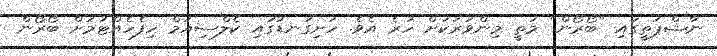
ނާޝްޕަތީގައި "ބޯރޯން" މަތީ މިންވަރަކަށް ހުރެ އެވެ. ހަށިގަނޑުގައި ކެލްސިއަމް ހިފެހެއްޓުމަށް ބޯރޯން